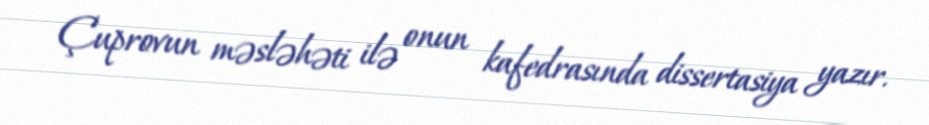
Çuprovun məsləhəti ilə onun kafedrasında dissertasiya yazır.